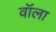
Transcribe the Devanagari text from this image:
वॉला